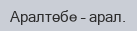
Аралтөбе – арал.